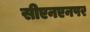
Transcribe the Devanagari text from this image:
सीएनएनपर